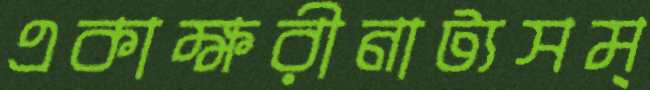
একাক্ষরীনাট্যসম্